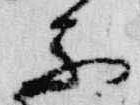
楽